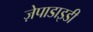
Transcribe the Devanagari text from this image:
ज़ेपाडाइडी